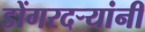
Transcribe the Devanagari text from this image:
डोंगरदर्‍यांनी